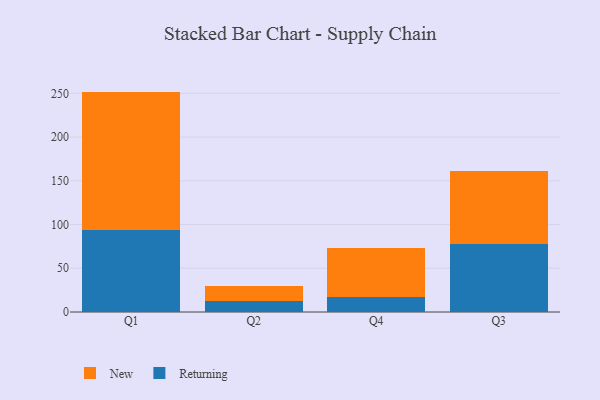
{"axis": {"x": "Quarter", "y": "Tickets Resolved"}, "legend": ["New", "Returning"], "data": [{"x": "Q1", "y": 94.1, "type": "Returning"}, {"x": "Q1", "y": 157.9, "type": "New"}, {"x": "Q2", "y": 12.9, "type": "Returning"}, {"x": "Q2", "y": 16.6, "type": "New"}, {"x": "Q4", "y": 17.6, "type": "Returning"}, {"x": "Q4", "y": 55.1, "type": "New"}, {"x": "Q3", "y": 78.1, "type": "Returning"}, {"x": "Q3", "y": 83.1, "type": "New"}]}